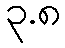
၃.၈